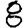
Digit: 8